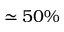
\simeq 5 0 \%